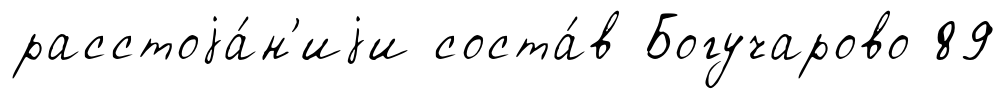
расстоjа́н'иjи соста́в Богучарово 89